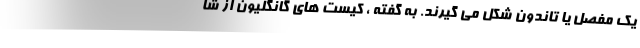
یک مفصل یا تاندون شکل می گیرند. به گفته ، کیست های گانگلیون از شا